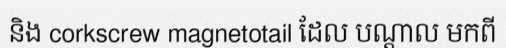
និង corkscrew magnetotail ដែល បណ្តាល មកពី